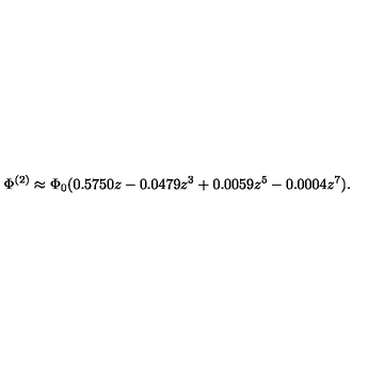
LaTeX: \Phi ^ { ( 2 ) } \approx \Phi _ { 0 } ( 0 . 5 7 5 0 z - 0 . 0 4 7 9 z ^ { 3 } + 0 . 0 0 5 9 z ^ { 5 } - 0 . 0 0 0 4 z ^ { 7 } ) .